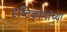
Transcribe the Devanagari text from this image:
दृष्टिकोणांच्या